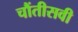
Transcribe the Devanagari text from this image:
चौंतीसवी